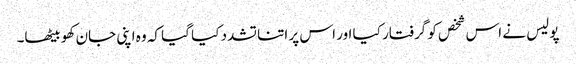
پولیس نے اس شخص کو گرفتار کیا اور اس پر اتنا تشدد کیا گیا کہ وہ اپنی جان کھو بیٹھا۔